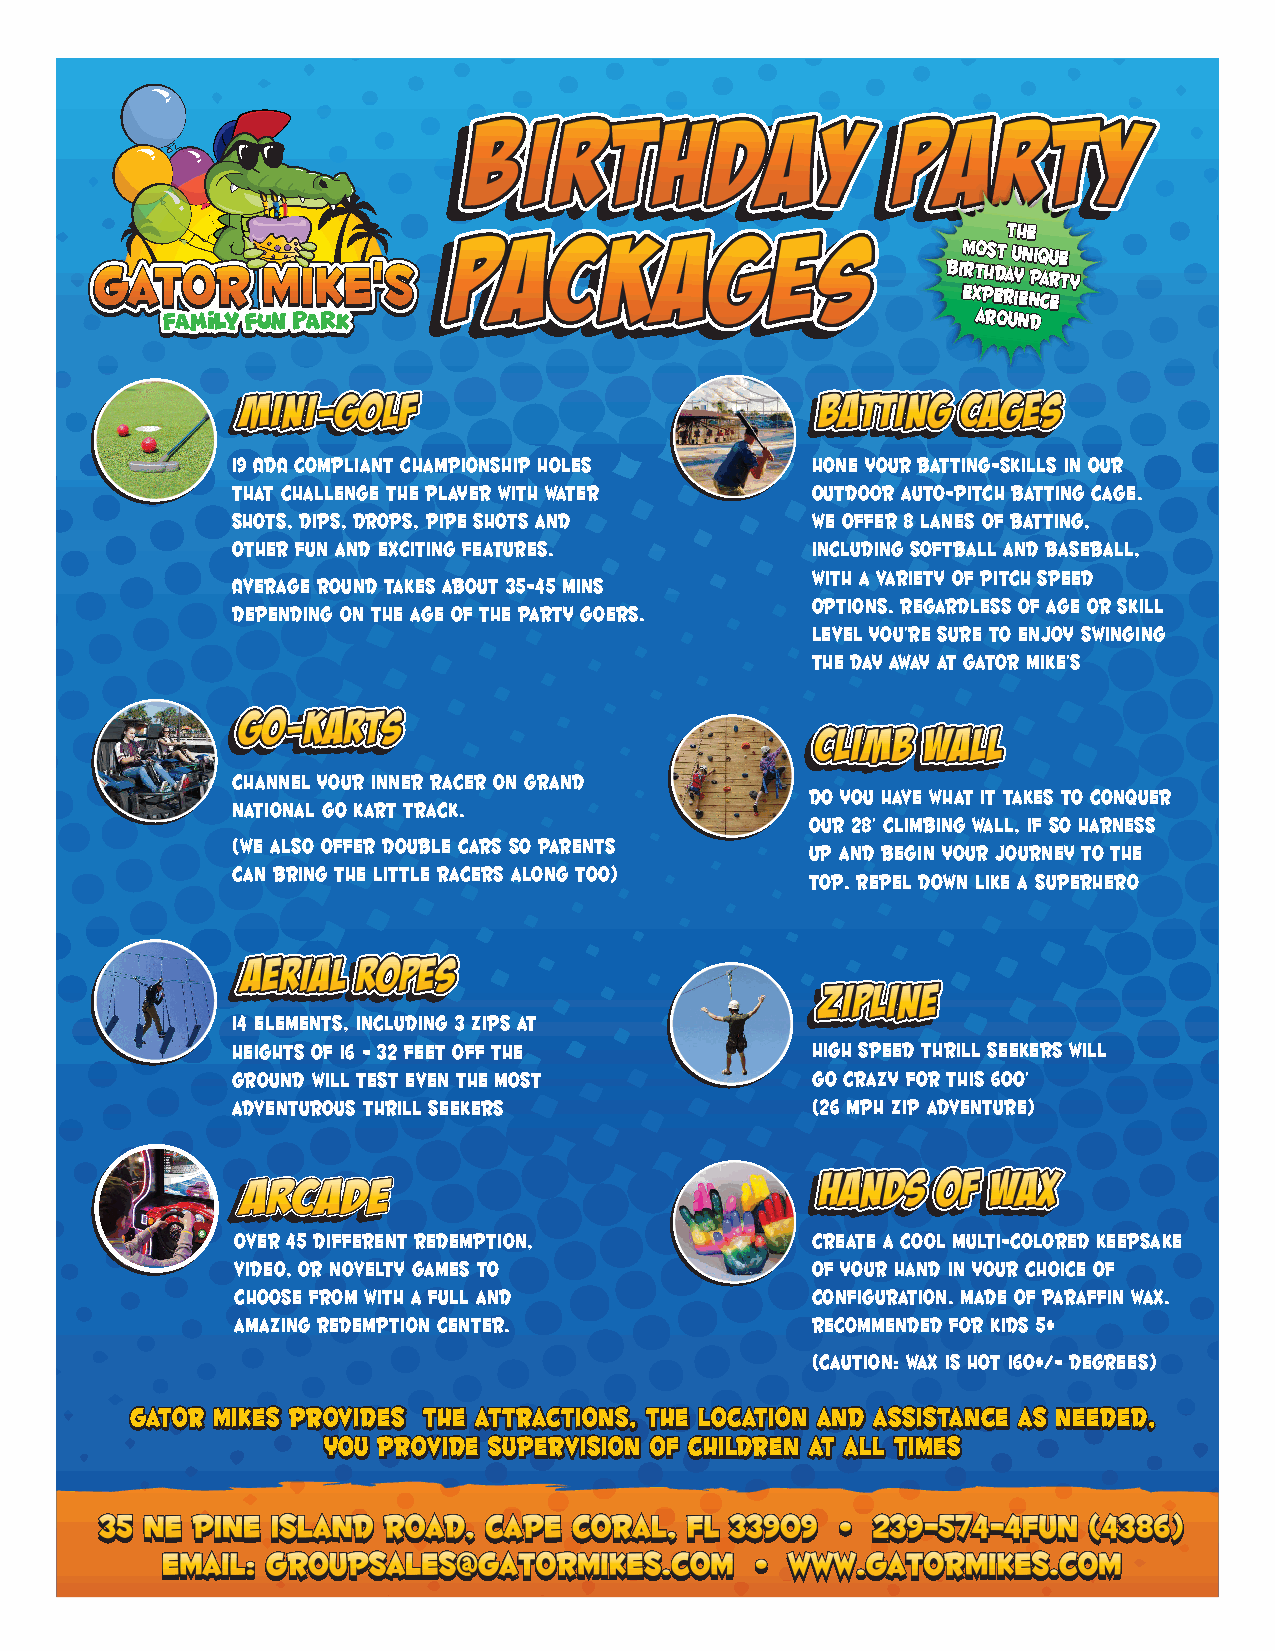
TTThhheee
 mmmooosssttt uuunnniiiqqquuueee
 bbbiiirrrttthhhdddaaayyy
 PPPaaarrrtttyyy
 eeexxxpppeeerrriiieeennnccceee
 aaarrrooouuunnnddd
 I9 ADA Compliant Championship holes    hone your batting-skills in our
 that challenge the player with Water   outdoor auto-pitch batting cage.
 Shots, Dips, Drops, Pipe Shots and     we offer 8 lanes of batting,
 other Fun and exciting features.       including softball and baseball,
 with a variety of pitch speed
 Average Round takes about 35-45 mins
 options. regardless of age or skill
 depending on the age of the Party Goers.
 level you’re sure to enjoy swinging
 the day away at gator mike’s
 channel your inner racer on Grand
 Do you have what it takes to conquer
 National Go Kart Track.
 our 28’ Climbing wall, if so harness
 (we also offer double cars so parents
 up and begin your journey to the
 can bring the little racers along too)
 top. Repel down like a superhero
 14 elements, including 3 zips at
 heights of 16 – 32 feet off the        High Speed Thrill seekers will
 ground will test even the most         go crazy for this 600’
 adventurous thrill seekers             (26 mph zip adventure)
 Over 45 different redemption,         Create a cool multi-colored keepsake
 video, or novelty games to            of your hand in your choice of
 choose from with a full and           configuration. Made of paraffin wax.
 amazing redemption center.            Recommended for kids 5+
 (Caution: Wax is hot 160+/- degrees)
 GGGaaatttooorrr MMMiiikkkeeesss ppprrrooovvviiidddeeesss TTThhheee aaattttttrrraaaccctttiiiooonnnsss,,, ttthhheee lllooocccaaatttiiiooonnn aaannnddd aaassssssiiissstttaaannnccceee aaasss nnneeeeeedddeeeddd,,,
 yyyooouuu ppprrrooovvviiidddeee sssuuupppeeerrrvvviiisssiiiooonnn ooofff ccchhhiiillldddrrreeennn aaattt aaallllll tttiiimmmeeesss
 3355 NNEE PPiinnee IIssllaanndd RRooaadd,, CCaappee CCoorraall,, FFLL 3333990099 •• 223399--557744--44FFUUNN ((44338866))
 EEmmaaiill:: GGrroouuppSSaalleess@@ggaattoorrmmiikkeess..ccoomm •• WWWWWW..GGaattoorrMMiikkeess..ccoomm